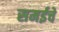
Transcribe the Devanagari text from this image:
समईचे